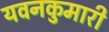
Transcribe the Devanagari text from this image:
यवनकुमारी